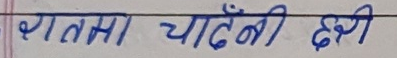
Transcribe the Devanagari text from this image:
रातमा चादँनी छरी